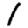
Digit: 1